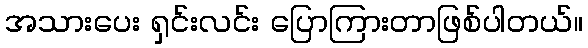
အသားပေး ရှင်းလင်း ပြောကြားတာဖြစ်ပါတယ်။